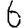
Digit: 6